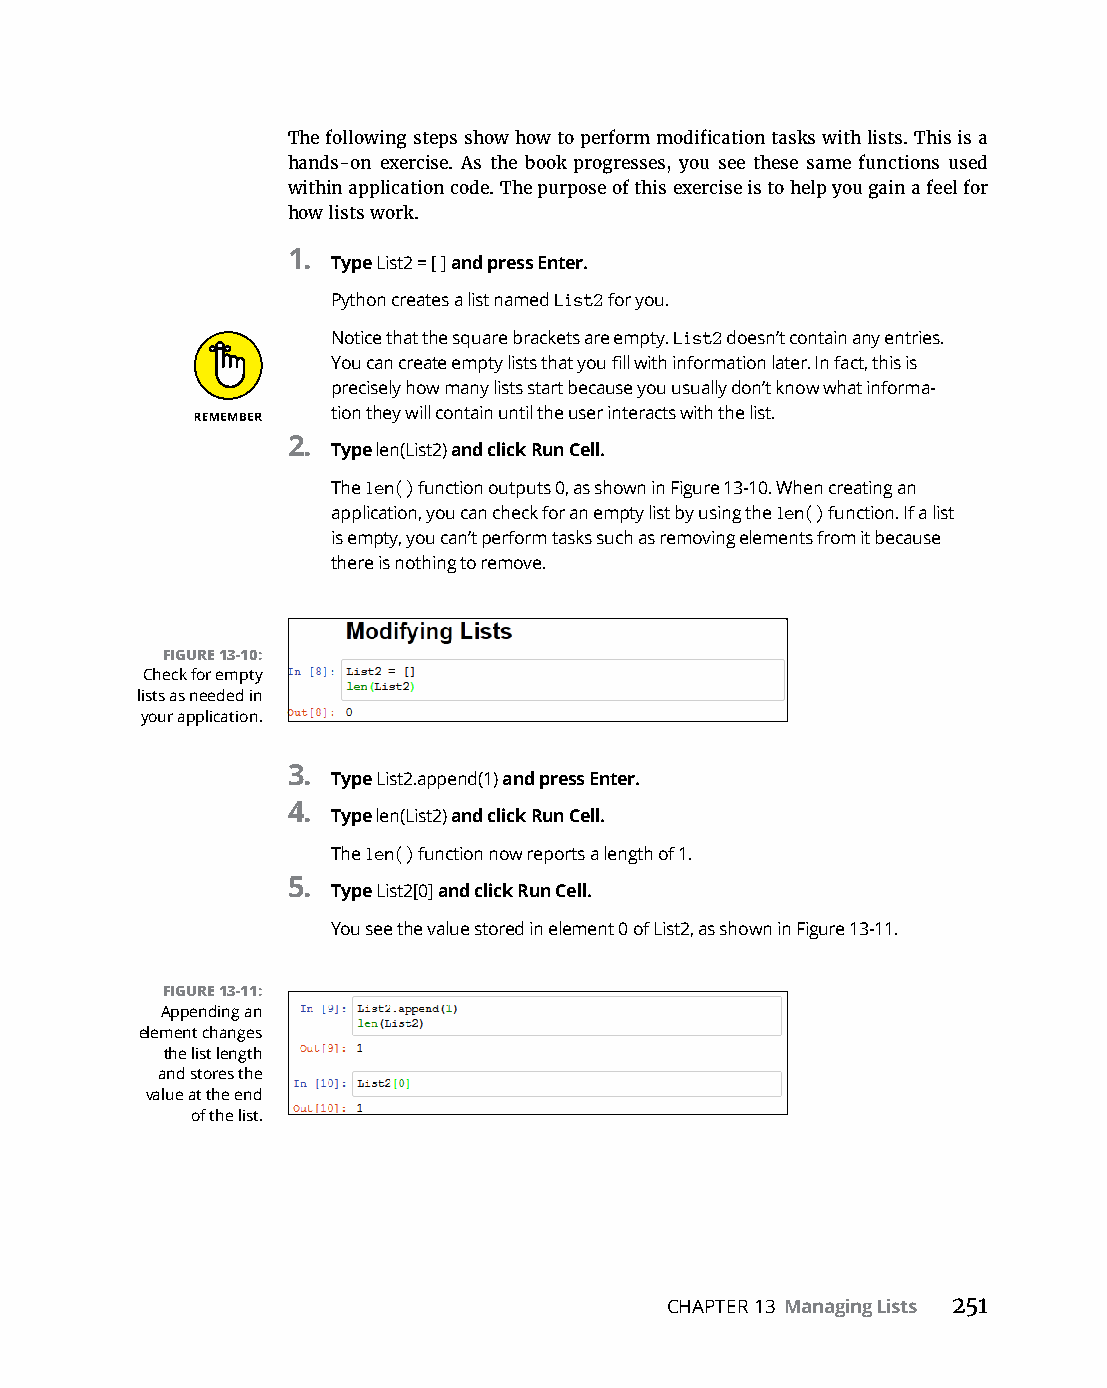
The following steps show how to perform modification tasks with lists. This is a
 hands-on exercise. As the book progresses, you see these same functions used
 within application code. The purpose of this exercise is to help you gain a feel for
 how lists work.
 1.
 Type List2 = [ ] and press Enter.
 Python creates a list named List2 for you.
 Notice that the square brackets are empty. List2 doesn’t contain any entries.
 You can create empty lists that you fill with information later. In fact, this is
 precisely how many lists start because you usually don’t know what informa-
 tion they will contain until the user interacts with the list.
 2.
 Type len(List2) and click Run Cell.
 The len() function outputs 0, as shown in Figure 13-10. When creating an
 application, you can check for an empty list by using the len() function. If a list
 is empty, you can’t perform tasks such as removing elements from it because
 there is nothing to remove.
 FIGURE 13-10:
 Check for empty
 lists as needed in
 your application.
 3.
 Type List2.append(1) and press Enter.
 4.
 Type len(List2) and click Run Cell.
 The len() function now reports a length of 1.
 5.
 Type List2[0] and click Run Cell.
 You see the value stored in element 0 of List2, as shown in Figure 13-11.
 FIGURE 13-11:
 Appending an
 element changes
 the list length
 and stores the
 value at the end
 of the list.
 CHAPTER 13 Managing Lists 251